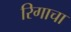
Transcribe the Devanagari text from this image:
रिगाचा